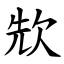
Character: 㰫